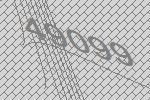
49099